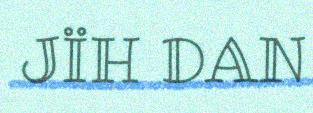
JÏH DAN